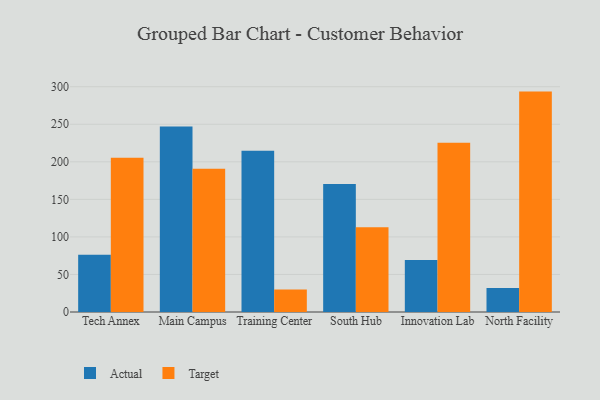
{"axis": {"x": "Campus", "y": "Tickets Resolved"}, "legend": ["Actual", "Target"], "data": [{"x": "Tech Annex", "y": 76.3, "type": "Actual"}, {"x": "Tech Annex", "y": 205.5, "type": "Target"}, {"x": "Main Campus", "y": 247.0, "type": "Actual"}, {"x": "Main Campus", "y": 190.8, "type": "Target"}, {"x": "Training Center", "y": 214.6, "type": "Actual"}, {"x": "Training Center", "y": 30.0, "type": "Target"}, {"x": "South Hub", "y": 170.5, "type": "Actual"}, {"x": "South Hub", "y": 112.7, "type": "Target"}, {"x": "Innovation Lab", "y": 69.1, "type": "Actual"}, {"x": "Innovation Lab", "y": 225.4, "type": "Target"}, {"x": "North Facility", "y": 32.1, "type": "Actual"}, {"x": "North Facility", "y": 293.5, "type": "Target"}]}